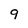
Character: 9